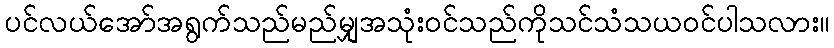
ပင်လယ်အော်အရွက်သည်မည်မျှအသုံးဝင်သည်ကိုသင်သံသယဝင်ပါသလား။